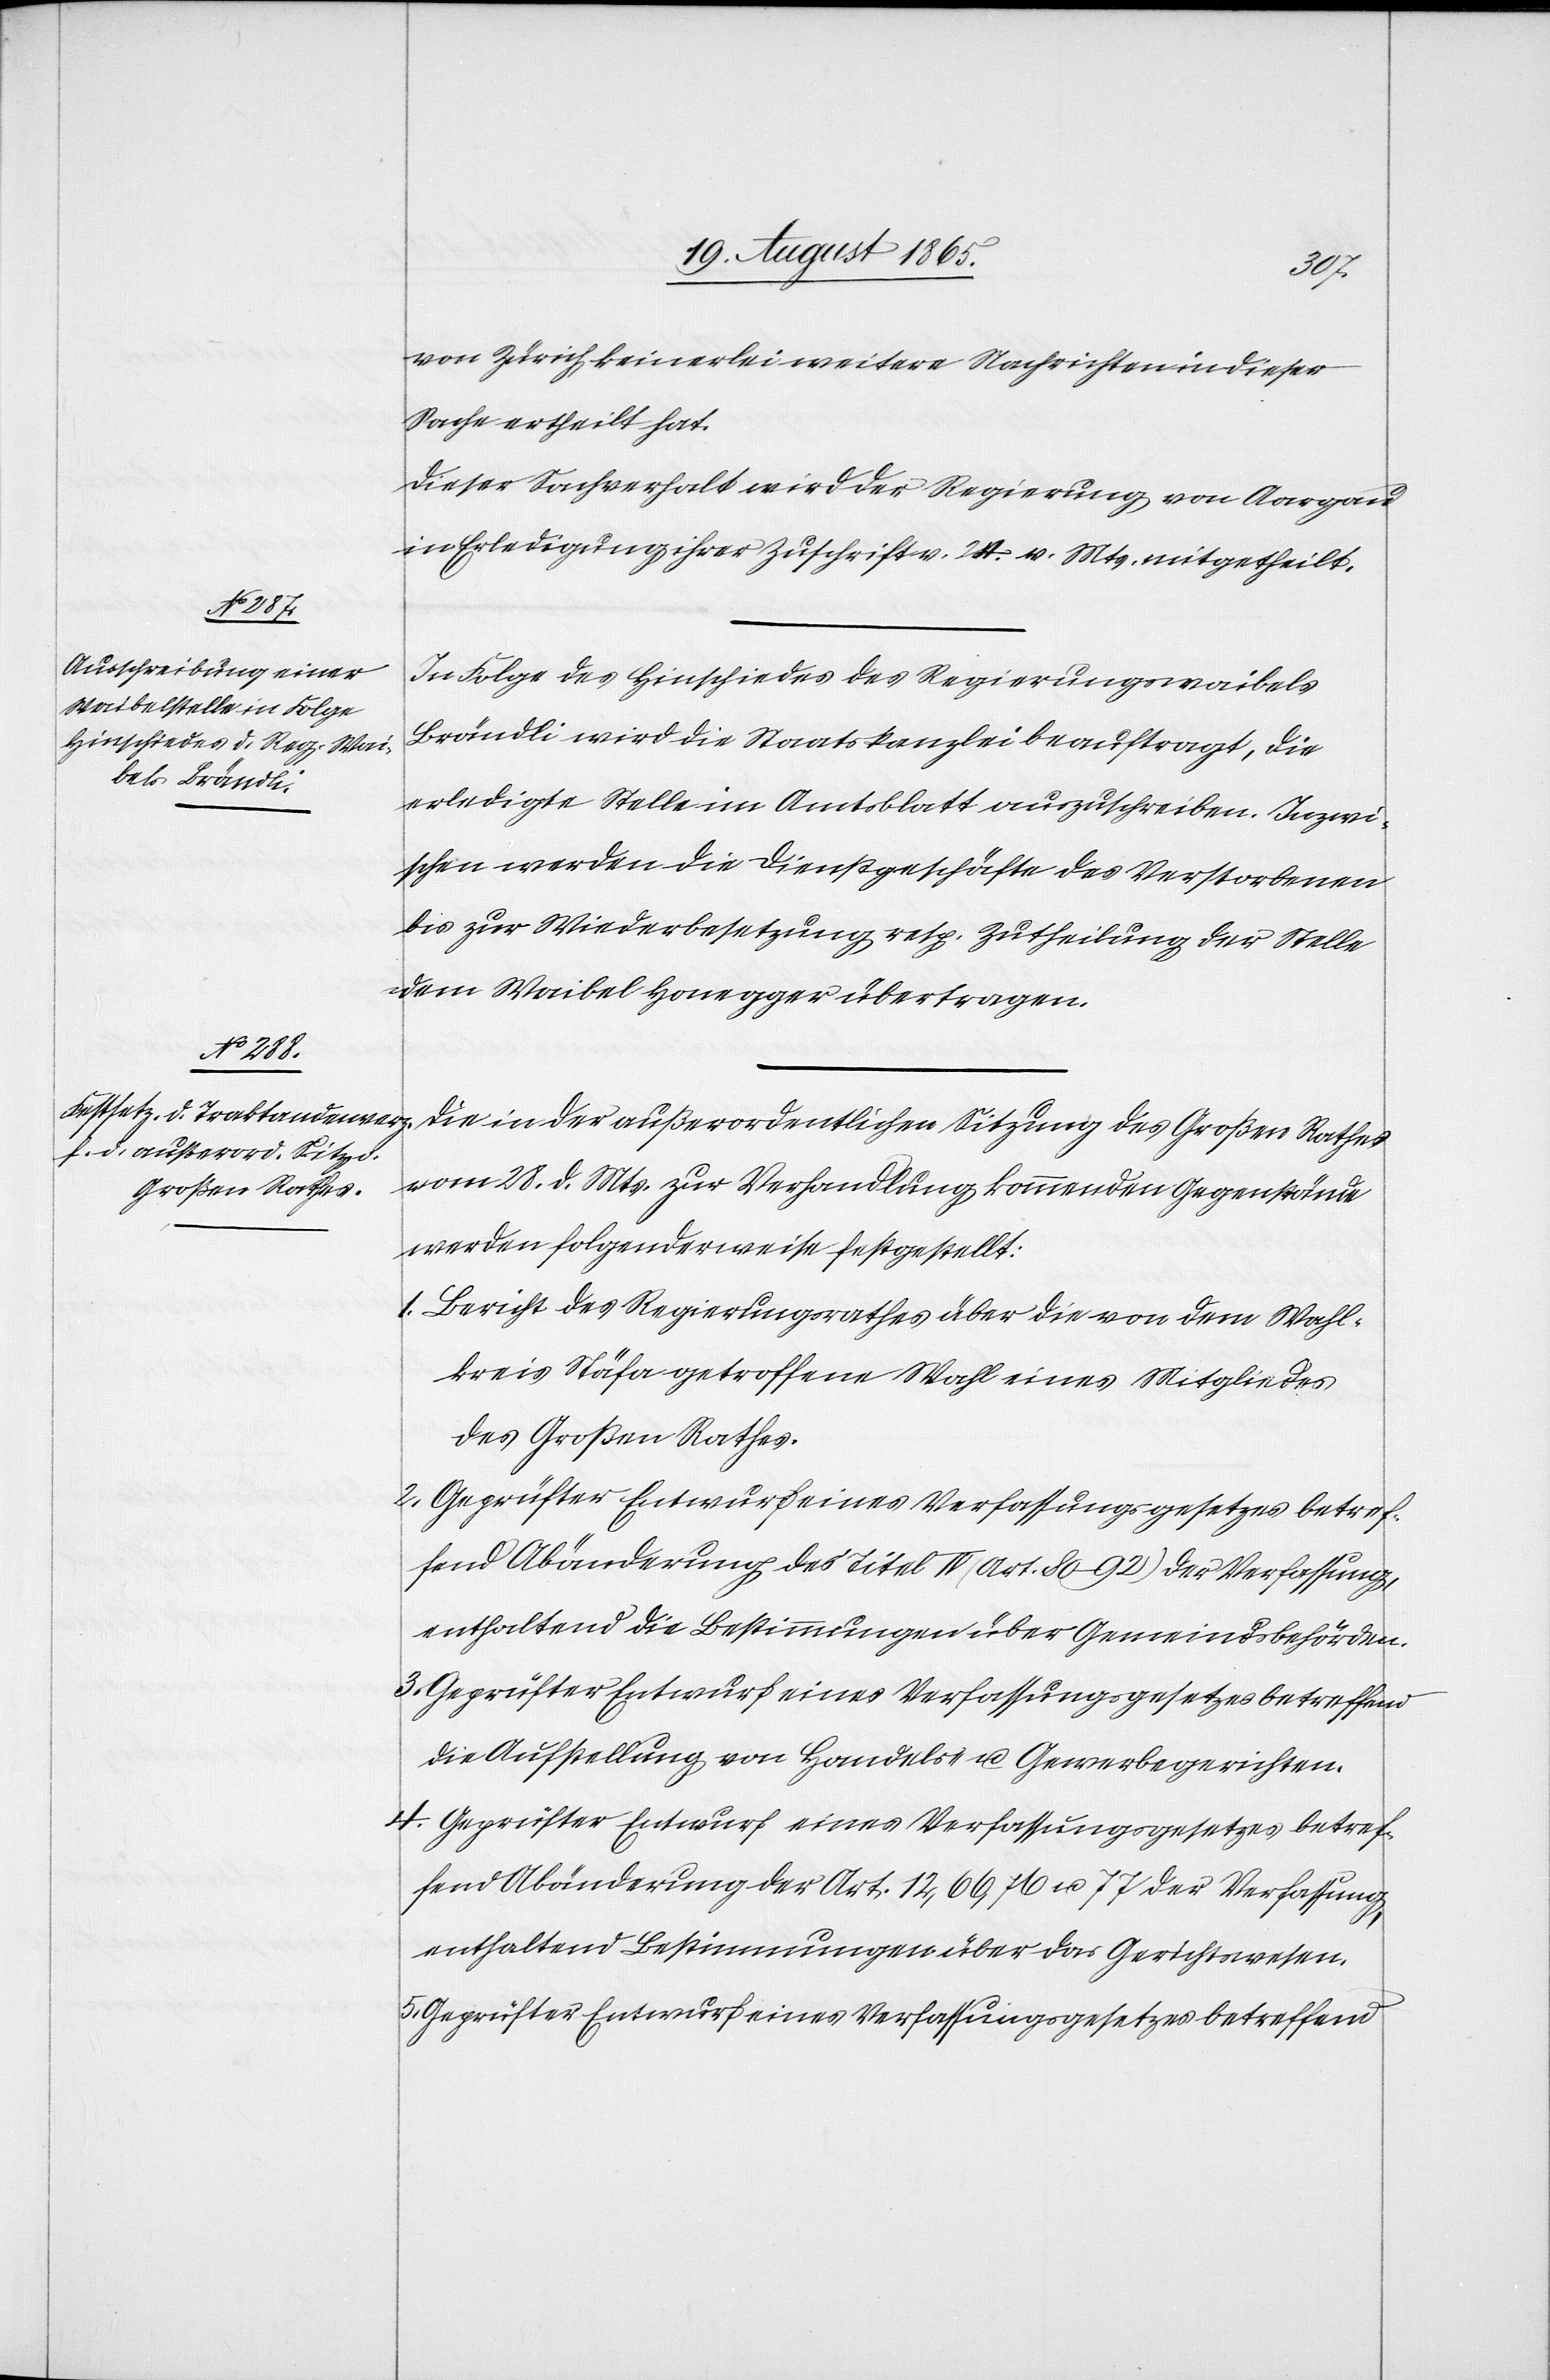
5.
von Zürich keinerlei weitere Nachrichten in dieser
Sache ertheilt hat.
Dieser Sachverhalt wird der Regierung von Aargau
in Erledigung ihrer Zuschrift v. 24. v. Mts. mitgetheilt.
In Folge des Hinschiedes des Regierungswaibels
Brändli wird die Staatskanzlei beauftragt, die
erledigte Stelle im Amtsblatt auszuschreiben. Inzwi¬
schen werden die Dienstgeschäfte des Verstorbenen
bis zur Wiederbesetzung resp. Zutheilung der Stelle
dem Waibel Honegger übertragen.
vom 28. d. Mts. zur Verhandlung kommenden Gegenstände
werden folgenderweise festgestellt:
1. Bericht des Regierungsrathes über die von dem Wahl¬
kreis Stäfa getroffene Wahl eines Mitgliedes
des Großen Rathes.
2. Geprüfter Entwurf eines Verfassungsgesetzes betref¬
fend Abänderung des Titel IV (Art. 80–92) der Verfassung,
enthaltend die Bestimmungen über Gemeindsbehörden.
Geprüfter Entwurf eines Verfassungsgesetzes betreffend
die Aufstellung von Handels- u. Gewerbegerichten.
4. Geprüfter Entwurf eines Verfassungsgesetzes betref¬
fend Abänderung der Art. 12, 66, 76 u. 77 der Verfassung,
enthaltend Bestimmungen über das Gerichtswesen.
Geprüfter Entwurf eines Verfassungsgesetzes betreffend